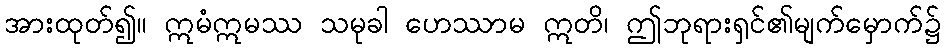
အားထုတ်၍။ ဣမံဣမဿ သမုခါ ဟေဿာမ ဣတိ၊ ဤဘုရားရှင်၏မျက်မှောက်၌